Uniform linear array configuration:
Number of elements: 64
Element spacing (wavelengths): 1
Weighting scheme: kaiser
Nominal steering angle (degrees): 60
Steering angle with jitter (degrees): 58.509
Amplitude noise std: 0.05
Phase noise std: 0.05

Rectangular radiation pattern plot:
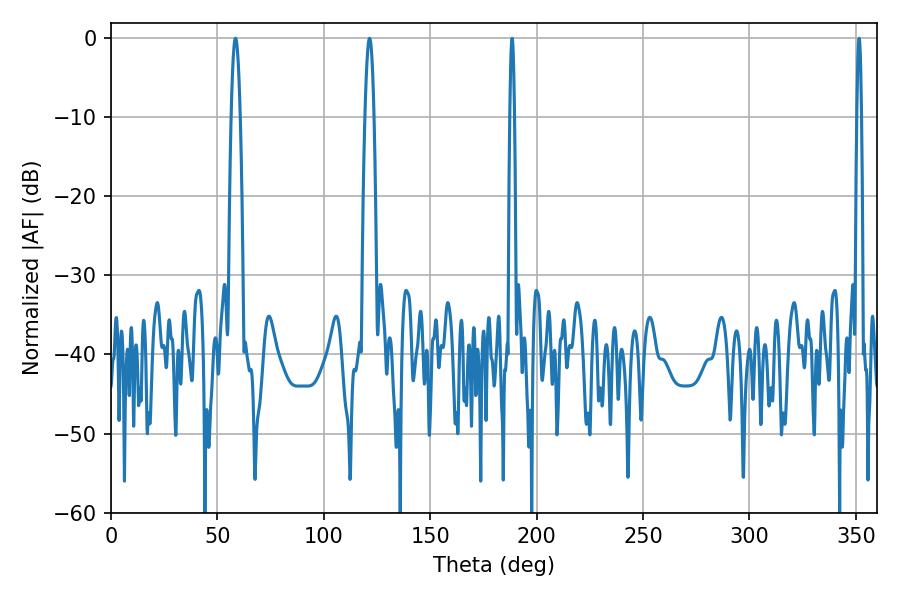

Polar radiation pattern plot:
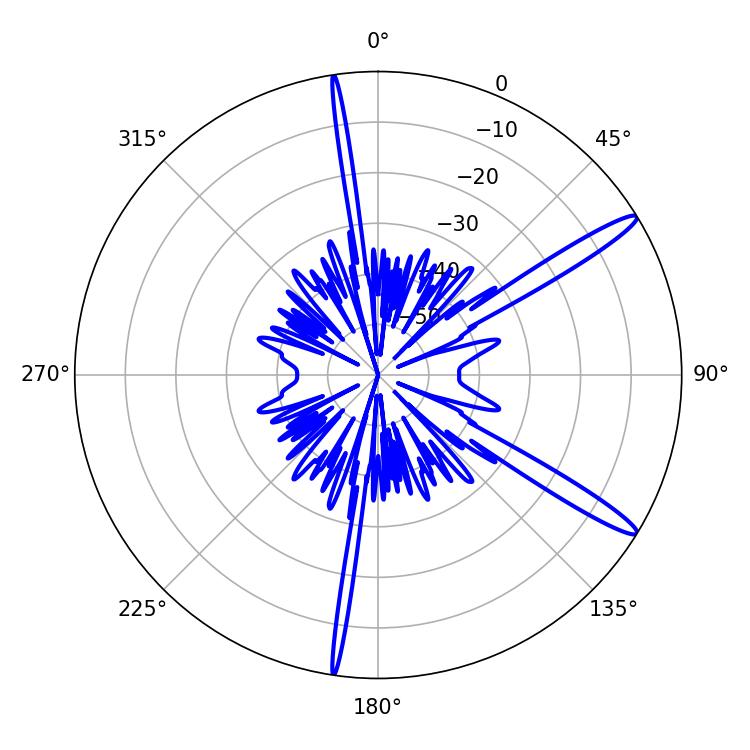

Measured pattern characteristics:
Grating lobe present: TRUE
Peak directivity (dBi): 14.602
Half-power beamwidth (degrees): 2.16
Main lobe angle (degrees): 58.5